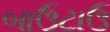
બાઉટાઉ